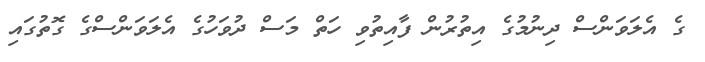
ގެ އެލަވަންސް ދިނުމުގެ އިތުރުން ފާއިތުވި ހަތް މަސް ދުވަހުގެ އެލަވަންސްގެ ގޮތުގައި